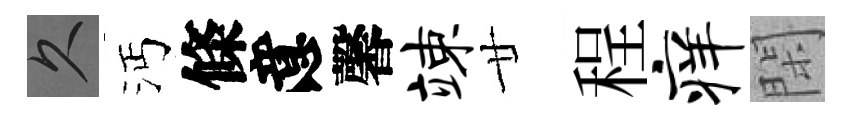
久沔條意馨竦廿程痒閑